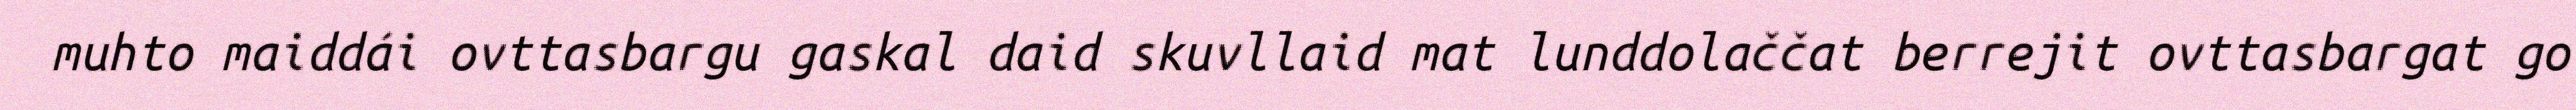
muhto maiddái ovttasbargu gaskal daid skuvllaid mat lunddolaččat berrejit ovttasbargat go